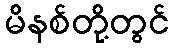
မိနစ်တို့တွင်